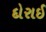
દોરાઈ